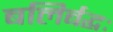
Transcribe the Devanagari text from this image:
बलिर्बद्धः